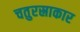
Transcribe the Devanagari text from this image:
चतुरस्राकार